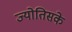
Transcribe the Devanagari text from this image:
ज्योतिसके